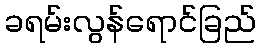
ခရမ်းလွန်ရောင်ခြည်